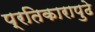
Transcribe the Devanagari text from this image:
प्रतिकारापुढे